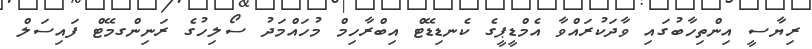
ރިޔާސީ އިންތިހާބުގައި ވާދަކުރައްވާ އެމްޑީޕީގެ ކެނޑިޑޭޓް އިބްރާހިމް މުހައްމަދު ސޯލިހުގެ ރަނިންގމޭޓް ފައިސަލް